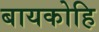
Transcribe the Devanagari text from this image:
बायकोहि